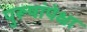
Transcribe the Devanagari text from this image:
पुरूषांपेक्षा